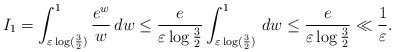
LaTeX: \begin{align*} I_1=\int_{\varepsilon \log(\frac{3}{2})}^{1} \frac{e^w}{w}\,dw \leq\frac{e}{\varepsilon \log\frac{3}{2}}\int_{\varepsilon \log(\frac{3}{2})}^{1}\,dw \leq\frac{e}{\varepsilon \log\frac{3}{2}} \ll\frac{1}{\varepsilon}. \end{align*}